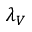
\lambda _ { V }